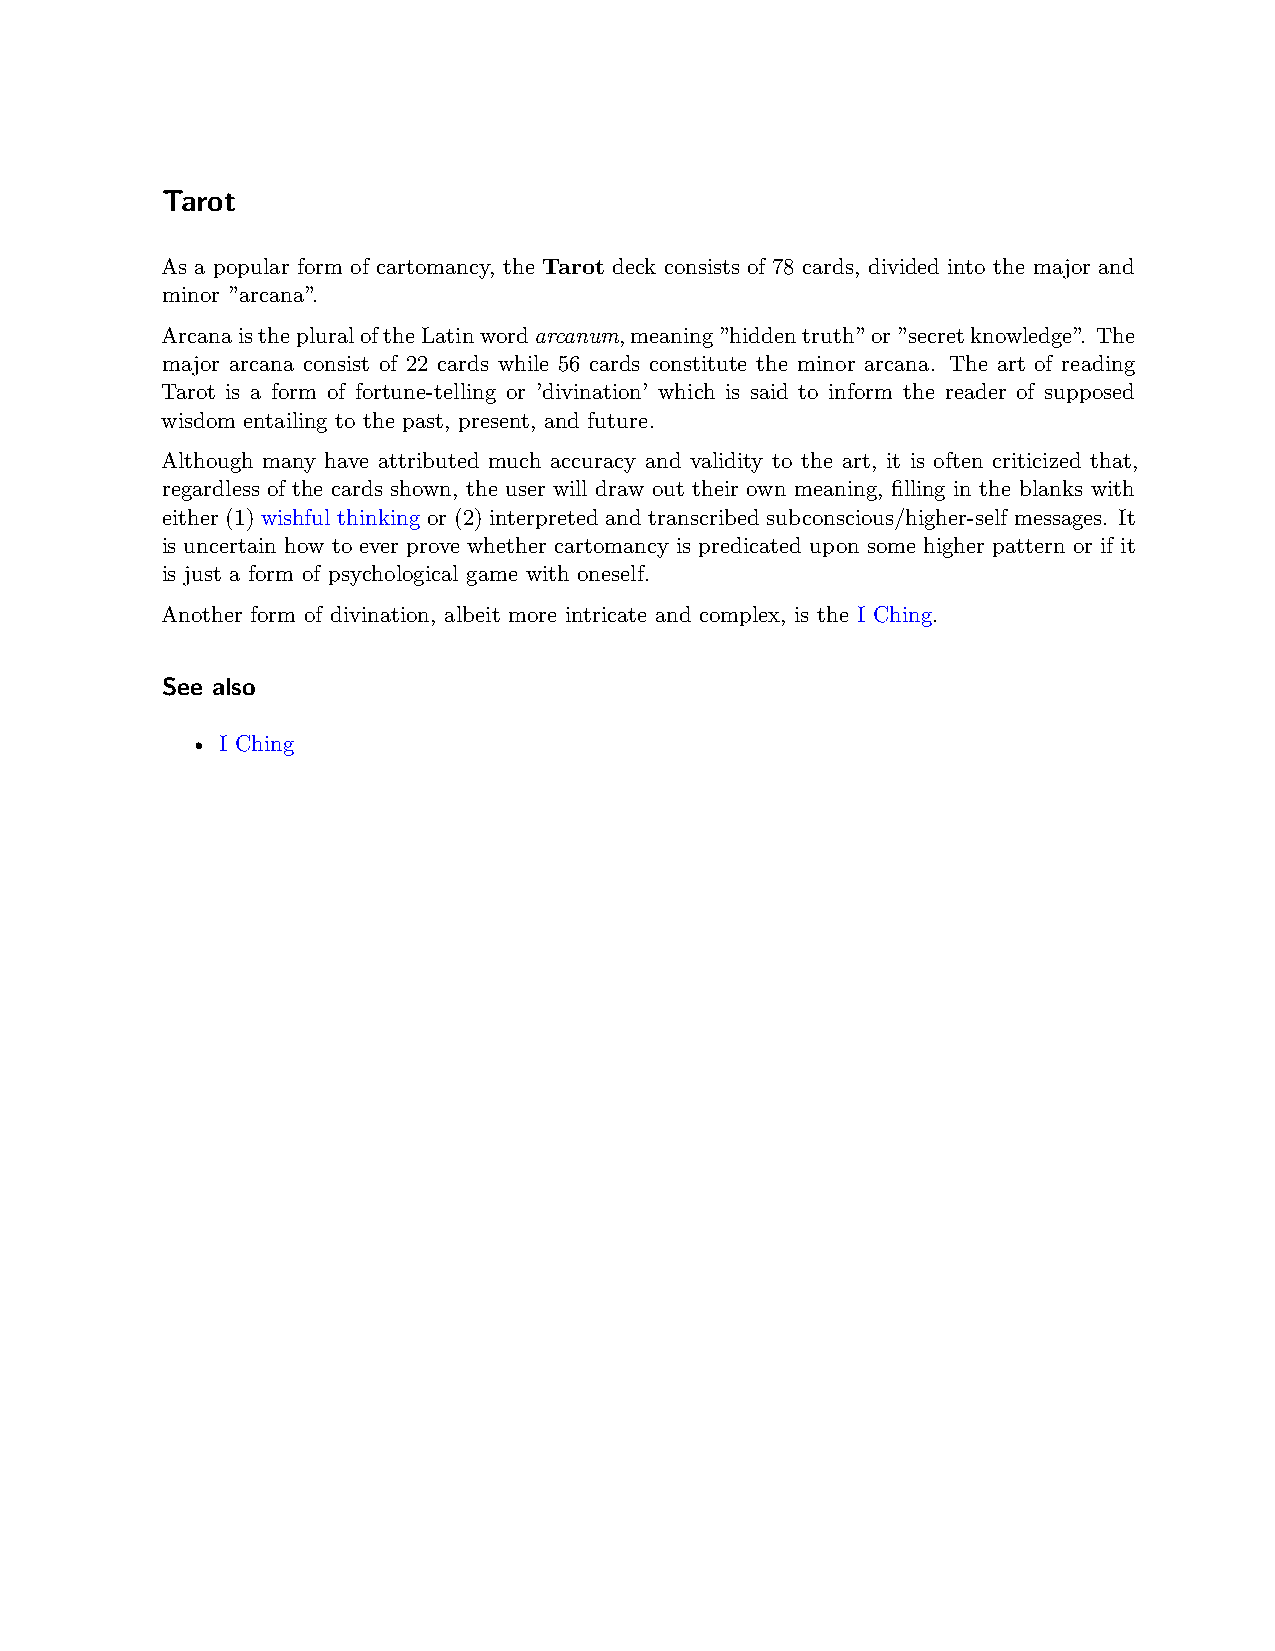
Tarot
 As a popular form of cartomancy, the Tarot deck consists of 78 cards, divided into the major and
 minor ”arcana”.
 ArcanaisthepluraloftheLatinwordarcanum,meaning”hiddentruth”or”secretknowledge”. The
 major arcana consist of 22 cards while 56 cards constitute the minor arcana. The art of reading
 Tarot is a form of fortune-telling or ’divination’ which is said to inform the reader of supposed
 wisdom entailing to the past, present, and future.
 Although many have attributed much accuracy and validity to the art, it is often criticized that,
 regardless of the cards shown, the user will draw out their own meaning, filling in the blanks with
 either (1) wishful thinking or (2) interpreted and transcribed subconscious/higher-self messages. It
 is uncertain how to ever prove whether cartomancy is predicated upon some higher pattern or if it
 is just a form of psychological game with oneself.
 Another form of divination, albeit more intricate and complex, is the I Ching.
 See also
 • I Ching